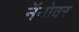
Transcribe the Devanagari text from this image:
नॅनोवर